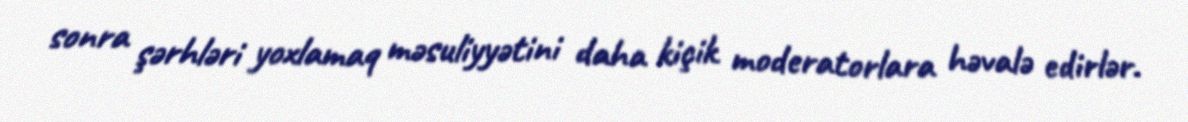
sonra şərhləri yoxlamaq məsuliyyətini daha kiçik moderatorlara həvalə edirlər.